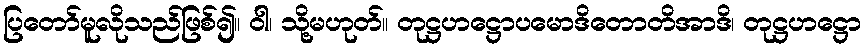
ပြတော်မူလိုသည်ဖြစ်၍။ ဝါ၊ သို့မဟုတ်။ တုဋ္ဌဟဋ္ဌောပမောဒိတောတိအာဒိ၊ တုဋ္ဌဟဋ္ဌော